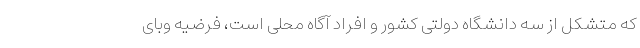
که متشکل از سه دانشگاه دولتی کشور و افراد آگاه محلی است، فرضیه وبای